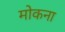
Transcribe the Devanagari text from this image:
मोकना